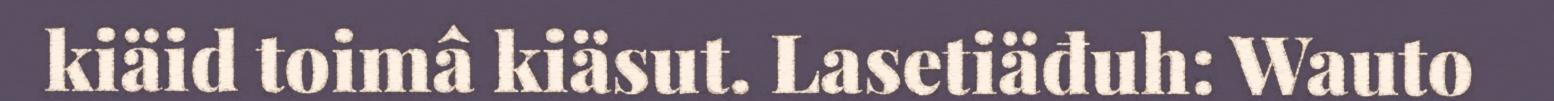
kiäid toimâ kiäsut. Lasetiäđuh: Wauto